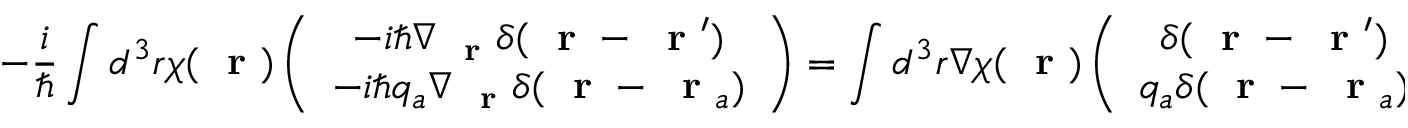
- \frac { i } { \hbar } \int d ^ { 3 } r \chi ( \mathrm { ~ \bf ~ r ~ } ) \left( \begin{array} { c } { - i \hbar \nabla _ { \mathrm { ~ \bf ~ r ~ } } \delta ( \mathrm { ~ \bf ~ r ~ } - \mathrm { ~ \bf ~ r ~ } ^ { \prime } ) } \\ { - i \hbar q _ { a } \nabla _ { \mathrm { ~ \bf ~ r ~ } } \delta ( \mathrm { ~ \bf ~ r ~ } - \mathrm { ~ \bf ~ r ~ } _ { a } ) } \end{array} \right) = \int d ^ { 3 } r \nabla \chi ( \mathrm { ~ \bf ~ r ~ } ) \left( \begin{array} { c } { \delta ( \mathrm { ~ \bf ~ r ~ } - \mathrm { ~ \bf ~ r ~ } ^ { \prime } ) } \\ { q _ { a } \delta ( \mathrm { ~ \bf ~ r ~ } - \mathrm { ~ \bf ~ r ~ } _ { a } ) } \end{array} \right) = \left( \begin{array} { c } { \nabla \chi ( \mathrm { ~ \bf ~ r ~ } ^ { \prime } ) } \\ { q _ { a } \nabla \chi ( \mathrm { ~ \bf ~ r ~ } _ { a } ) } \end{array} \right)